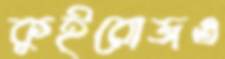
কুইরোজও